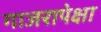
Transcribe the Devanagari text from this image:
गाजरापेक्षा